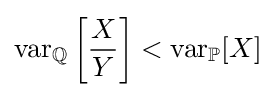
\operatorname {var} _{\mathbb {Q} }\left[{\frac {X}{Y}}\right]<\operatorname {var} _{\mathbb {P} }[X]